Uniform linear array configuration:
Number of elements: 4
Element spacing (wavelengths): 0.25
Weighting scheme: uniform
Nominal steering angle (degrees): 0
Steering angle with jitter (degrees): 0.8542
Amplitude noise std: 0.05
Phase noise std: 0.05

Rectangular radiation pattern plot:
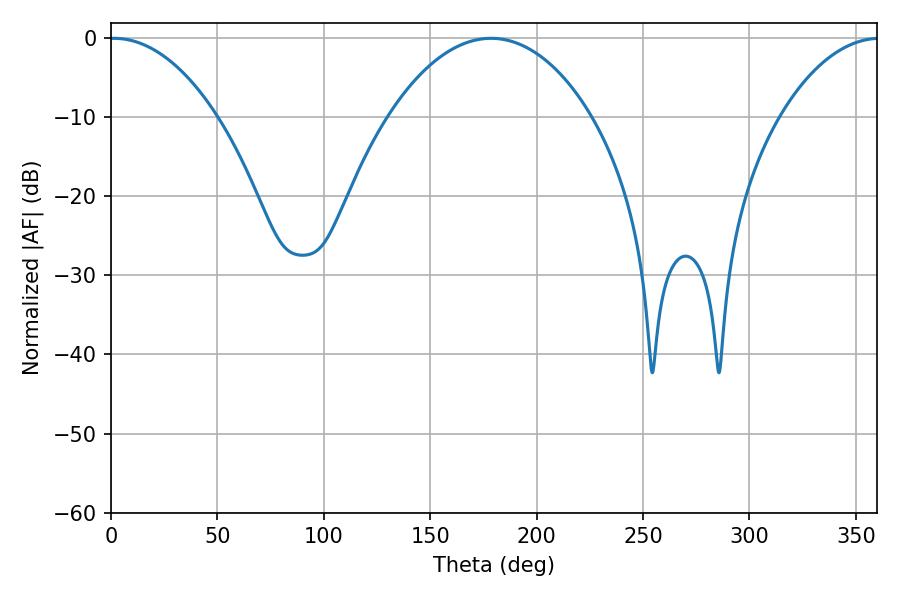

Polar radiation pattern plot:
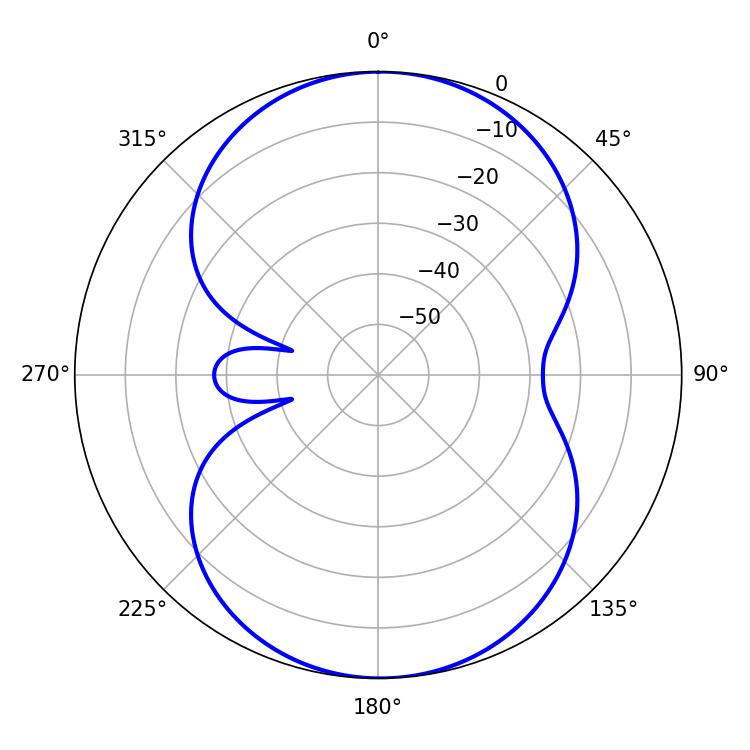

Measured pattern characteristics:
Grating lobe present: FALSE
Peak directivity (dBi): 15.184
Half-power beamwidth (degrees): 53.46
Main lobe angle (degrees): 178.56